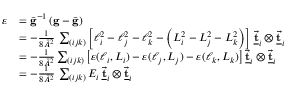
\begin{array} { r l } { \boldsymbol { \varepsilon } } & { = \bar { \bf g } ^ { - 1 } \left( { \bf g } - \bar { \bf g } \right) } \\ & { = - \frac { 1 } { 8 \bar { A } ^ { 2 } } \, \sum _ { ( i j k ) } \left[ \ell _ { i } ^ { 2 } - \ell _ { j } ^ { 2 } - \ell _ { k } ^ { 2 } - \left( L _ { i } ^ { 2 } - L _ { j } ^ { 2 } - L _ { k } ^ { 2 } \right) \right] \, \underline { { \vec { \bf t } } } _ { i } \otimes \vec { \bf \underline { { t } } } _ { i } } \\ & { = - \frac { 1 } { 8 \bar { A } ^ { 2 } } \sum _ { ( i j k ) } \left[ \varepsilon ( \ell _ { i } , L _ { i } ) - \varepsilon ( \ell _ { j } , L _ { j } ) - \varepsilon ( \ell _ { k } , L _ { k } ) \right] \underline { { \vec { \bf t } } } _ { i } \otimes \underline { { \vec { \bf t } } } _ { i } } \\ & { = - \frac { 1 } { 8 \bar { A } ^ { 2 } } \, \sum _ { ( i j k ) } E _ { i } \, \underline { { \vec { \bf t } } } _ { i } \otimes \vec { \bf \underline { { t } } } _ { i } } \end{array}